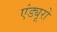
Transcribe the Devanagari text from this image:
एंड्यूरो